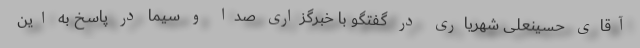
آقای حسینعلی شهریاری در گفتگو با خبرگزاری صدا و سیما در پاسخ به این